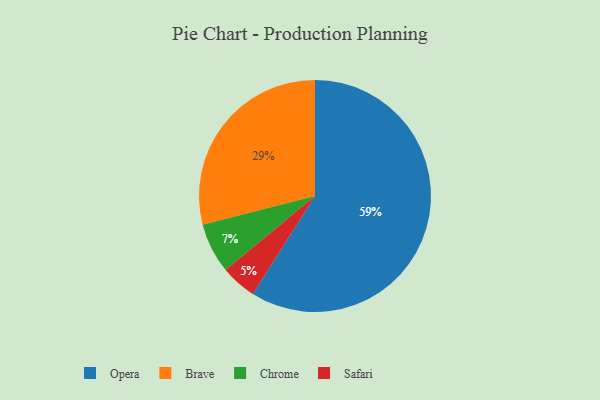
{"axis": {"x": "Category", "y": "Percentage"}, "legend": ["Brave", "Chrome", "Opera", "Safari"], "data": [{"x": "Safari", "y": 5, "type": "Safari"}, {"x": "Chrome", "y": 7, "type": "Chrome"}, {"x": "Opera", "y": 59, "type": "Opera"}, {"x": "Brave", "y": 29, "type": "Brave"}]}